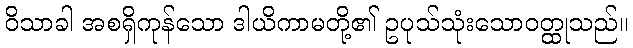
ဝိသာခါ အစရှိကုန်သော ဒါယိကာမတို့၏ ဥပုသ်သုံးသောဝတ္ထုသည်။